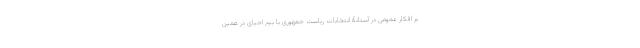
بر افکار عمومی در آستانۀ انتخابات ریاست جمهوری یا بیم احیای در همین